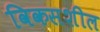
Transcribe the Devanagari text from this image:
विकसशील